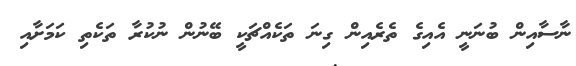
ނާސާއިން ބުނަނީ އެއިގެ ތެރެއިން ގިނަ ތަކެއްޗަކީ ބޭނުން ނުކުރާ ތަކެތި ކަމަށާއި